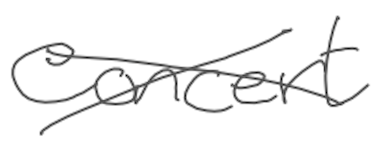
Text: concert
Cross-out: cross
Writing tool: digital_gray